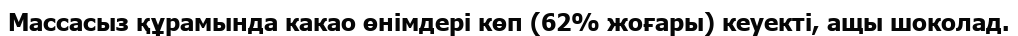
Массасыз құрамында какао өнімдері көп (62% жоғары) кеуекті, ащы шоколад.